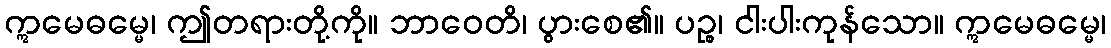
ဣမေဓမ္မေ၊ ဤတရားတို့ကို။ ဘာဝေတိ၊ ပွားစေ၏။ ပဉ္စ၊ ငါးပါးကုန်သော။ ဣမေဓမ္မေ၊